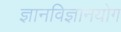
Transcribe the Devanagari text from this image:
ज्ञानविज्ञानयोग